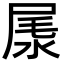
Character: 㞙